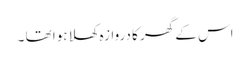
اس کے گھر کا دروازہ کھلا ہوا تھا ۔